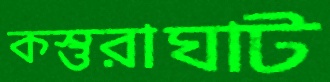
কস্তুরাঘাট